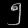
Digit: ၅